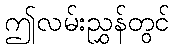
ဤလမ်းညွှန်တွင်